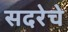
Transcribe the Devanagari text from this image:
सदरेचे